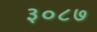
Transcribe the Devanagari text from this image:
३०८७